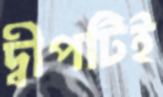
দ্বীপটিই